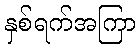
နှစ်ရက်အကြာ